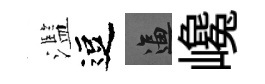
濫逗逼巉